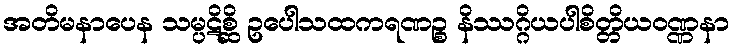
အတိမနာပေန သမ္ပဋိစ္ဆိ ဥပေါသထကရဏဉ္စ နိဿဂ္ဂိယပါစိတ္တိယဝဏ္ဏနာ